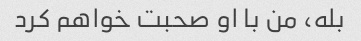
بله، من با او صحبت خواهم کرد